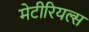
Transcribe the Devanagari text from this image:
मेटीरियल्स